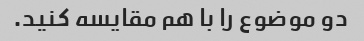
دو موضوع را با هم مقایسه کنید.